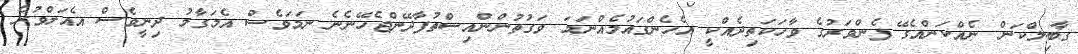
ގާބިލްކަން ނެއްކަންއެގޭ ފެންވަރުގެ ވާހަކަތިދެއްކީ އެހެންގައުމެއްނަމަ ވަގުތުންންއިސްތުފާދޭންޖެހޭނެނެ ނަމަވެސް އެމަގާމު ދިނީވެސް އެއަށްވުރެ